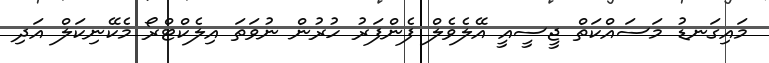
މައިގަނޑު މަސައްކަތް ޖީސީއީ އޭލެވެލް ފެންފަރު ހުރުން ނުވަތަ އިލެކްޓްރޯ މެކޭނިކަލް އަދި